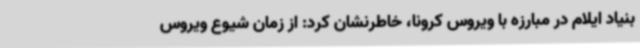
بنیاد ایلام در مبارزه با ویروس کرونا، خاطرنشان کرد: از زمان شیوع ویروس